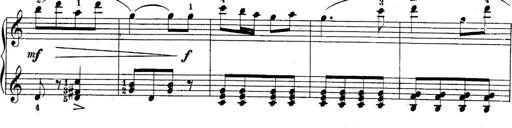
Title: 10 Sonatines progressives
Composer: Anton Schmoll